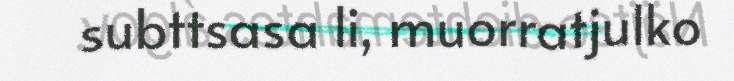
subttsasa li, muorratjulko